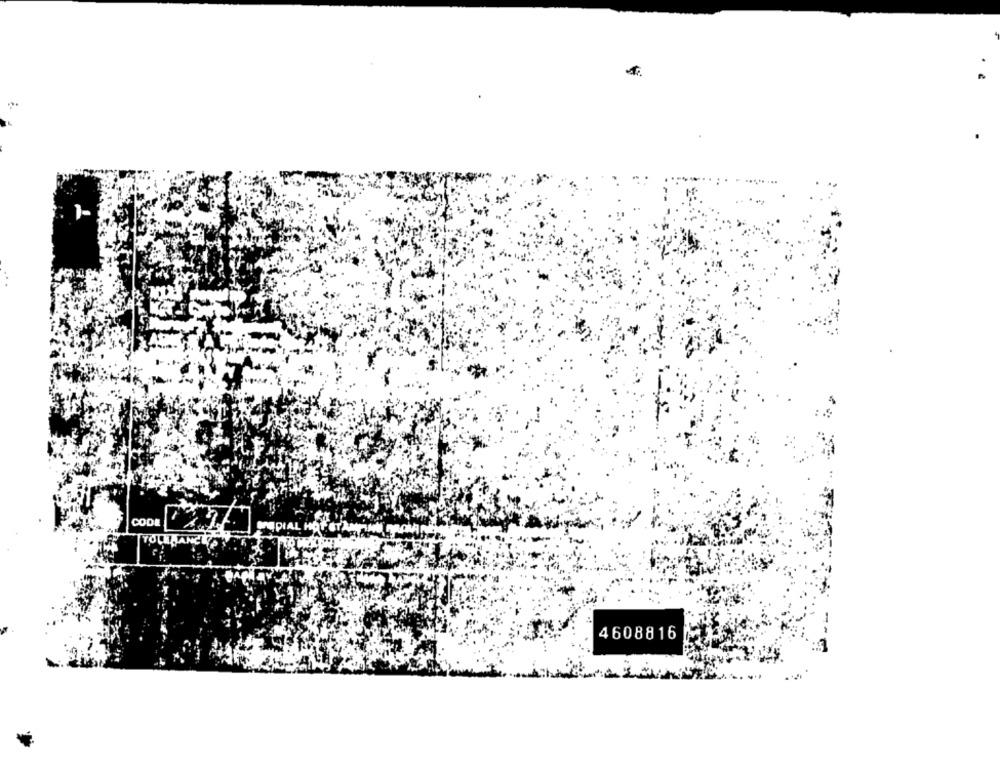
1-
CODE
-
4608816